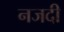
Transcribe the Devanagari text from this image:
नजदी